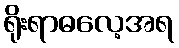
ရိုးရာဓလေ့အရ